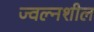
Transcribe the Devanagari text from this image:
ज्वल्नशील